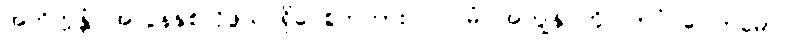
အဘိက္ကန္တံ၊ အလွန်နှစ်လိုဖွယ် ရှိပေစွတကား။ ပ။ မံ၊ အကျွန်ုပ်ကို။ ဘဝံ ဂေါတမော၊